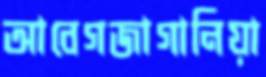
আবেগজাগানিয়া